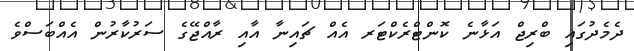
ދެމެދުގައި ބްރިޖް އަޅާނެ ކޮންޓްރެކްޓަރ އެއް ޗައިނާ އާއި ރާއްޖޭގެ ސަރުކާރުން އެއްބަސްވެ